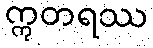
ဣတရဿ